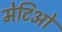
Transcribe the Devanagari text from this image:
मेटिओ